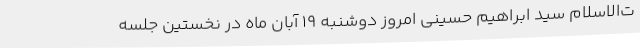
ت‌الاسلام سید ابراهیم حسینی امروز دوشنبه 19 آبان ماه در نخستین جلسه